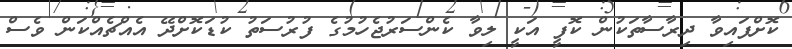
ކޮށްފައިވާ ދިރާސާތަކުން ކޮފީ އަކީ ލިވާ ކެންސަރުޖެހުމުގެ ފުރުސަތު ކުޑަކޮށްދޭ އެއްޗެއްކަން ވެސް